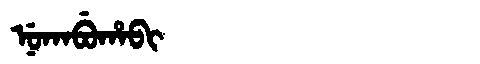
Manchu: ᠨᡠᡴᠠᠪᡠᡥᠠᠪᡳ
Romanization: NUKABUHABI